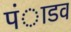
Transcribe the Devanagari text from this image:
पंाडव